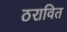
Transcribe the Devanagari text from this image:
ठरावित